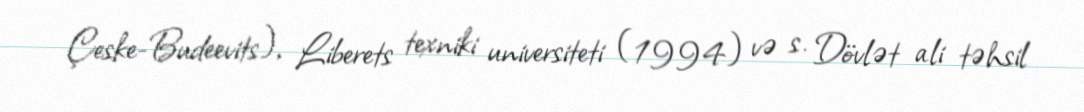
Çeske-Budeevits), Liberets texniki universiteti (1994) və s. Dövlət ali təhsil